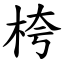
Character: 桍